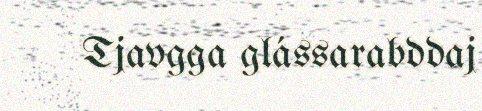
Tjavgga glássarabddaj